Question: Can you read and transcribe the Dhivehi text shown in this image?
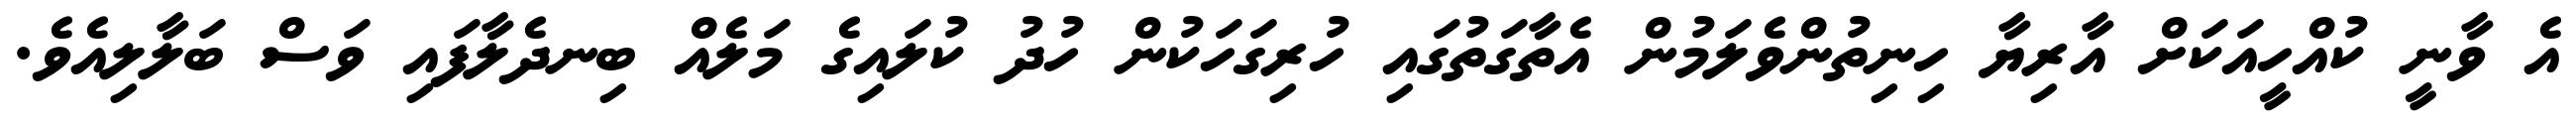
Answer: އެ ވާނީ ކުއްހީއަކަށް އާރިޔާ ހިނިތުންވެލަމުން އެތާގަތުގައި ހުރިގަހަކުން ހުދު ކުލައިގެ މަލެއް ބިނދެލާފައި ވަސް ބަލާލިއެވެ.